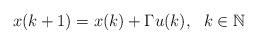
LaTeX: \begin{align*}x(k+1)=x(k)+\Gamma u(k), \ \ k\in \mathbb{N} \end{align*}